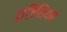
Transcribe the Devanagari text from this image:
ट्रांज़िशियन